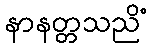
နာနတ္တသညိံ